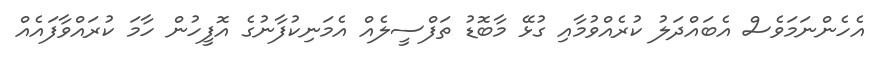
އެހެންނަމަވެސް އެބައްދަލު ކުރެއްވުމާއި ގުޅޭ މާބޮޑު ތަފްސީލެއް އެމަނިކުފާނުގެ އޮފީހުން ހާމަ ކުރައްވާފައެއް